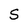
Character: S